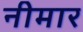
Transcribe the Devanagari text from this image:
नीमार